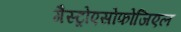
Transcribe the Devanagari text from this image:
गैस्ट्रोएसोफोजिएल